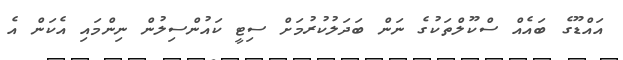
އައްޑޫގެ ބައެއް ސްކޫލްތަކުގެ ނަން ބަދަލުކުރުމަށް ސިޓީ ކައުންސިލުން ނިންމައި އެކަން އެ